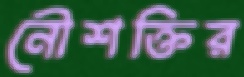
নৌশক্তির